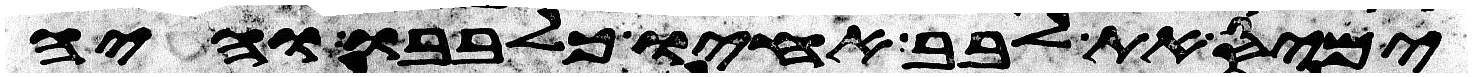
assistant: ימיס את לבב אחיו כלבבו והיה